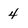
Character: 4